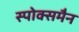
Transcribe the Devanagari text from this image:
स्पोक्समैन